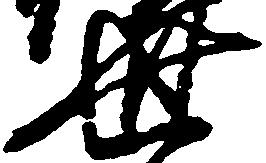
世